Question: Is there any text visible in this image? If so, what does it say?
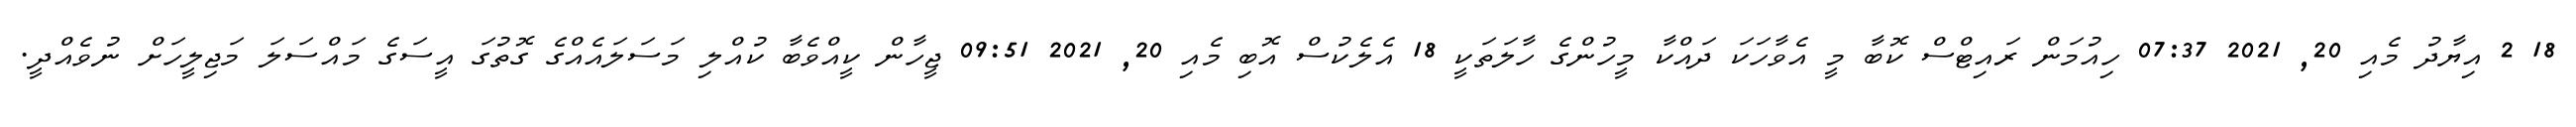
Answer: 18 2 އިޔާދު މެއި 20, 2021 07:37 ހިއުމަން ރައިޓްސް ކޮބާ މީ އެވާހަކަ ދައްކާ މީހުންގެ ހާލަތަކީ 18 އެލެކުސް އޮބި މެއި 20, 2021 09:51 ޖީހާން ކީއްވެބާ ކުއްލި މަސަލައެއްގެ ގޮތުގަ އީސަގެ މައްސަލަ މަޖިލީހަށް ނުވެއްދީ.